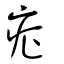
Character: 症